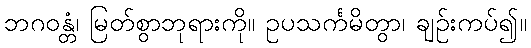
ဘဂဝန္တံ၊ မြတ်စွာဘုရားကို။ ဥပသင်္ကမိတွာ၊ ချဉ်းကပ်၍။